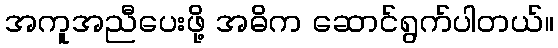
အကူအညီပေးဖို့ အဓိက ဆောင်ရွက်ပါတယ်။